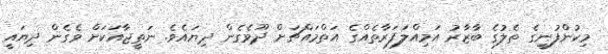
މިކުންފުނީގެ ތެލުގެ ބާޒާރު އަމިއްލަފަރާތެއްގެ އަތްމައްޗަށް ދޫވެގެން ދިޔައެވެ. ނަތީޖާއަކަށް ވެގެން ދިޔައީ